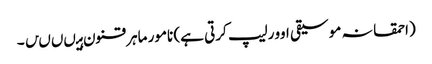
(احمقانہ موسیقی اوورلیپ کرتی ہے) نامور ماہر قنون ہیںںںں۔